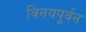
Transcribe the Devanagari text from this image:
विनयपूर्वन